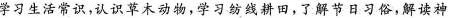
学习生活常识，认识草木动物，学习纺线回，了解节日习，解读神